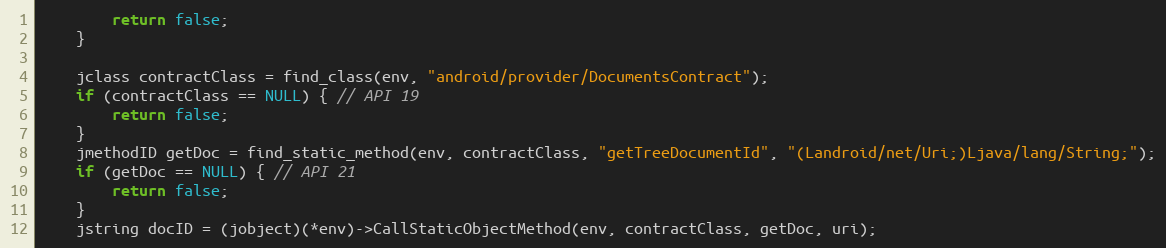
Language: C
		return false;
	}

	jclass contractClass = find_class(env, "android/provider/DocumentsContract");
	if (contractClass == NULL) { // API 19
		return false;
	}
	jmethodID getDoc = find_static_method(env, contractClass, "getTreeDocumentId", "(Landroid/net/Uri;)Ljava/lang/String;");
	if (getDoc == NULL) { // API 21
		return false;
	}
	jstring docID = (jobject)(*env)->CallStaticObjectMethod(env, contractClass, getDoc, uri);